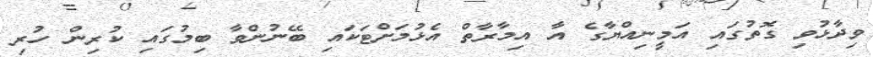
ވިދާޅުވި ގޮތުގައި އަމީނިއްޔާގެ އާ އިމާރާތް އެޅުމަށްޓަކައި ބޭނުންވާ ބިމުގައި ކުރިން ހުރި